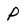
Character: P